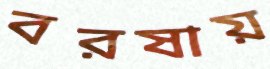
বরষায়